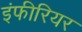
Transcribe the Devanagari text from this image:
इंफीरियर